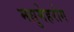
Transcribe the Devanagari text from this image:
मधुमेहरोग